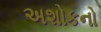
અશોકનો